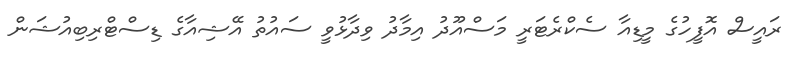
ރައީސް އޮފީހުގެ މީޑިއާ ސެކްރެޓަރީ މަސްއޫދު އިމާދު ވިދާޅުވީ ސައުތު އޭޝިއާގެ ޑިސްޓްރިބިއުޝަން